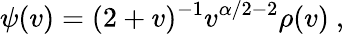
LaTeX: \psi(v)=(2+v)^{-1}v^{\alpha/2-2}\rho(v)~,